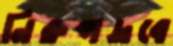
নিরুপদ্রবে